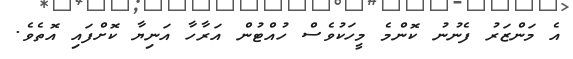
އެ މަންޒަރު ފެނުނު ކޮންމެ މީހަކުވެސް ހުއްޓުން އަރާހާ އަނިޔާ ކޮށްފައި އޮތެވެ.